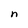
Character: n